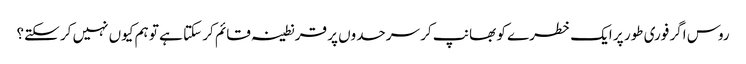
روس اگر فوری طور پر ایک خطرے کو بھانپ کر سرحدوں پر قرنطینہ قائم کر سکتا ہے تو ہم کیوں نہیں کر سکتے؟